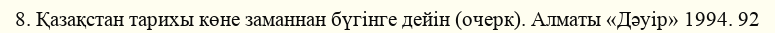
8. Қазақстан тарихы көне заманнан бүгінге дейін (очерк). Алматы «Дәуір» 1994. 92